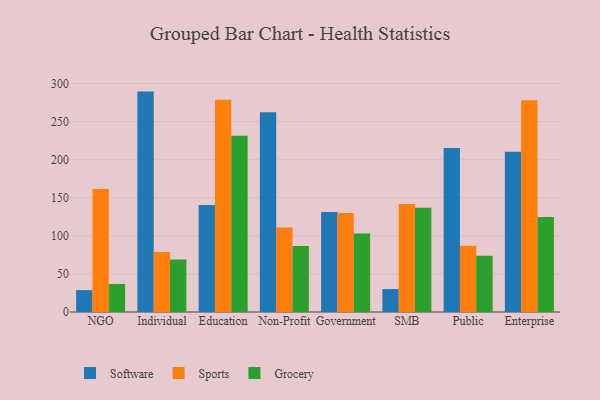
{"axis": {"x": "Segment", "y": "Net Income (USD K)"}, "legend": ["Grocery", "Software", "Sports"], "data": [{"x": "NGO", "y": 28.7, "type": "Software"}, {"x": "NGO", "y": 161.6, "type": "Sports"}, {"x": "NGO", "y": 36.8, "type": "Grocery"}, {"x": "Individual", "y": 289.3, "type": "Software"}, {"x": "Individual", "y": 78.7, "type": "Sports"}, {"x": "Individual", "y": 68.9, "type": "Grocery"}, {"x": "Education", "y": 140.4, "type": "Software"}, {"x": "Education", "y": 278.6, "type": "Sports"}, {"x": "Education", "y": 231.3, "type": "Grocery"}, {"x": "Non-Profit", "y": 262.1, "type": "Software"}, {"x": "Non-Profit", "y": 110.8, "type": "Sports"}, {"x": "Non-Profit", "y": 86.5, "type": "Grocery"}, {"x": "Government", "y": 131.3, "type": "Software"}, {"x": "Government", "y": 130.0, "type": "Sports"}, {"x": "Government", "y": 103.0, "type": "Grocery"}, {"x": "SMB", "y": 30.1, "type": "Software"}, {"x": "SMB", "y": 141.9, "type": "Sports"}, {"x": "SMB", "y": 137.0, "type": "Grocery"}, {"x": "Public", "y": 215.3, "type": "Software"}, {"x": "Public", "y": 86.8, "type": "Sports"}, {"x": "Public", "y": 73.8, "type": "Grocery"}, {"x": "Enterprise", "y": 210.4, "type": "Software"}, {"x": "Enterprise", "y": 277.9, "type": "Sports"}, {"x": "Enterprise", "y": 124.8, "type": "Grocery"}]}